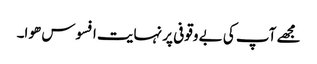
مجھے آپ کی بے وقوفی پر نہایت افسوس ھوا۔